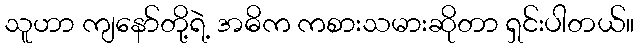
သူဟာ ကျနော်တို့ရဲ့ အဓိက ကစားသမားဆိုတာ ရှင်းပါတယ်။